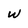
Character: w